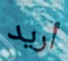
أريد